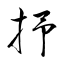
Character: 抒